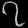
Digit: ၇